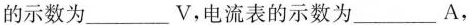
与电阻串联的电流表的示数如图乙所示，则电压表